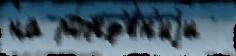
на рожд'е́н'иjи